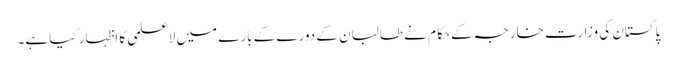
پاکستان کی وزارتِ خارجہ کے حکام نے طالبان کے دورے کے بارے میں لاعلمی کا اظہار کیا ہے۔